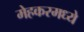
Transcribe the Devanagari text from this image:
मेहकरमध्ये